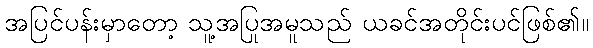
အပြင်ပန်းမှာတော့ သူ့အပြုအမူသည် ယခင်အတိုင်းပင်ဖြစ်၏။